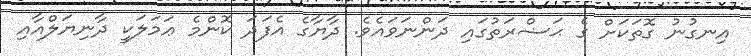
އިނގުނު ގޮތަކަށް ގެ ޙަޟްރަތުގައި ދަންނަވައެވެ. ދާޔާގެ އެފަދަ ކޮންމެ ޢަމަލަކީ ދާނިޔަލްއާއި